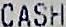
CASH